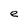
Character: e